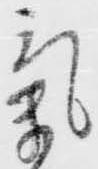
気